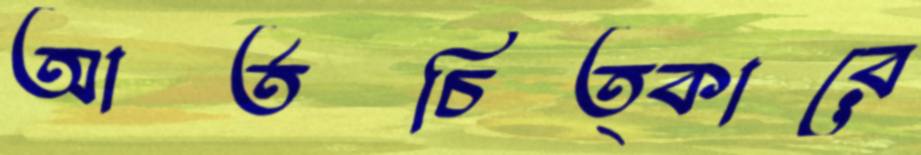
আর্তচিত্কারে